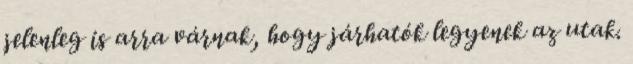
jelenleg is arra várnak, hogy járhatók legyenek az utak.